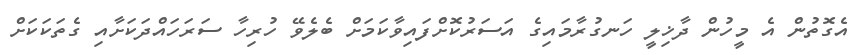
އެގޮތުން އެ މީހުން ދާޚިލީ ހަނގުރާމައިގެ އަސަރުކޮށްފައިވާކަމަށް ބެލެވޭ ހުރިހާ ސަރަހައްދަކަށާއި ގެތަކަކަށް